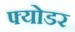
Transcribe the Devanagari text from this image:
फ्योडर